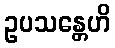
ဥပသန္တေဟိ